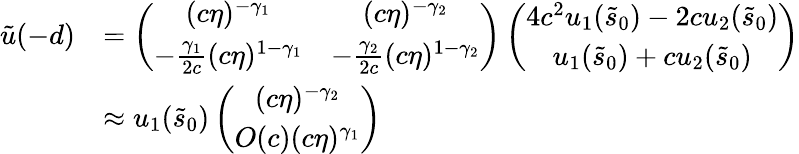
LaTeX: \begin{array}{rl}{\tilde{u}(-d)}&{=\left(\begin{array}{cc}{(c\eta)^{-\gamma_{1}}}&{(c\eta)^{-\gamma_{2}}}\\ {-\frac{\gamma_{1}}{2c}(c\eta)^{1-\gamma_{1}}}&{-\frac{\gamma_{2}}{2c}(c\eta)^{1-\gamma_{2}}}\end{array}\right)\left(\begin{array}{cc}{4c^{2}u_{1}(\tilde{s}_{0})-2cu_{2}(\tilde{s}_{0})}\\ {u_{1}(\tilde{s}_{0})+cu_{2}(\tilde{s}_{0})}\end{array}\right)}\\ &{\approx u_{1}(\tilde{s}_{0})\left(\begin{array}{cc}{(c\eta)^{-\gamma_{2}}}\\ {O(c)(c\eta)^{\gamma_{1}}}\end{array}\right)}\end{array}